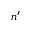
n ^ { \prime }